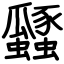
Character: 瓥